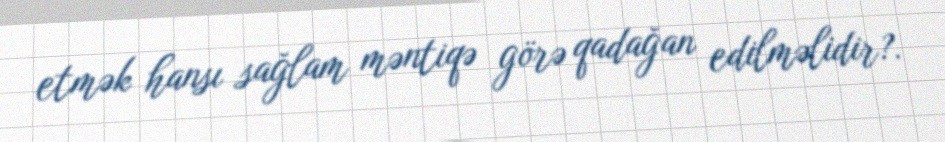
etmək hansı sağlam məntiqə görə qadağan edilməlidir?.